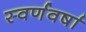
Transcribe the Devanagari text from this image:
स्वर्णवर्षा